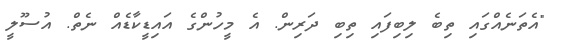
"އެތަނެއްގައި ތިބެ ލިބިފައި ތިބި ދަރިން. އެ މީހުންގެ އައިޑީކާޑެއް ނެތް. އުސޫލީ